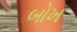
બોખ